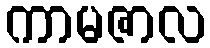
ကာမဇာလ